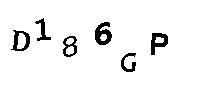
D186GP